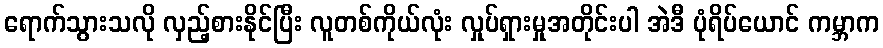
ရောက်သွားသလို လှည့်စားနိုင်ပြီး လူတစ်ကိုယ်လုံး လှုပ်ရှားမှုအတိုင်းပါ အဲဒီ ပုံရိပ်ယောင် ကမ္ဘာက